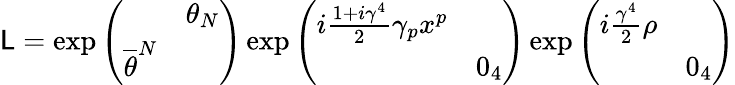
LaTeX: \mathsf{L}=\exp\left(\begin{array}{cc}{{}}&{{\theta_{N}}}\\ {{\overline{{{\theta}}}^{N}}}&{{}}\end{array}\right)\exp\left(\begin{array}{cc}{{i\frac{1+i\gamma^{4}}{2}\gamma_{p}x^{p}}}&{{}}\\ {{}}&{{0_{4}}}\end{array}\right)\exp\left(\begin{array}{cc}{{i\frac{\gamma^{4}}{2}\rho}}&{{}}\\ {{}}&{{0_{4}}}\end{array}\right)